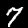
Digit: 7